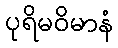
ပုရိမဝိမာနံ